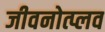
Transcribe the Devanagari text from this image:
जीवनोत्प्लव